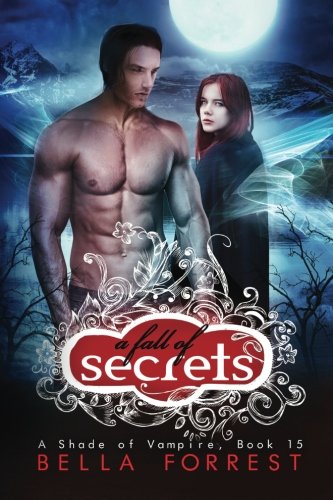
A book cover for A Shade of Vampire 15: A Fall of Secrets (Volume 15); Bella Forrest; Romance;